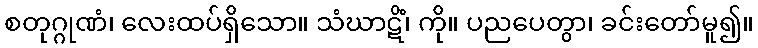
စတုဂ္ဂုဏံ၊ လေးထပ်ရှိသော။ သံဃာဋိံ၊ ကို။ ပညပေတွာ၊ ခင်းတော်မူ၍။